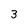
Character: 3